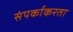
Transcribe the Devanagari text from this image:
संपर्काकरता